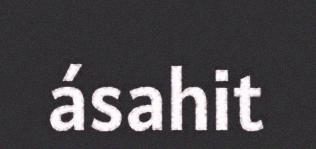
ásahit